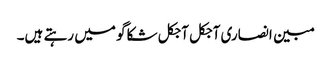
مبین انصاری آجکل آجکل شکاگو میں رہتے ہیں۔